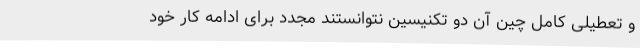
و تعطیلی کامل چین آن دو تکنیسین نتوانستند مجدد برای ادامه کار خود